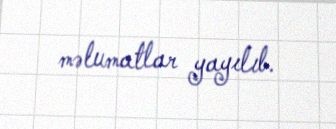
məlumatlar yayılıb.